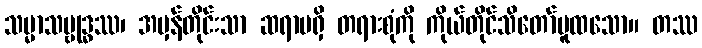
သမ္မာသမ္ဗုဒ္ဓဿ၊ အမှန်တိုင်းသာ ဆရာမရှိ တရားစုံကို ကိုယ်တိုင်သိတော်မူထသော။ တဿ